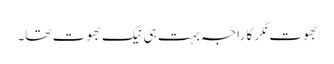
بھوت نگر کا راجہ بہت ہی نیک بھوت تھا۔